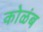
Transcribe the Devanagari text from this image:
कोळंब